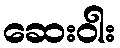
ဆေးဝါး